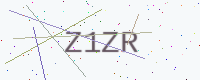
Text: Z1ZR